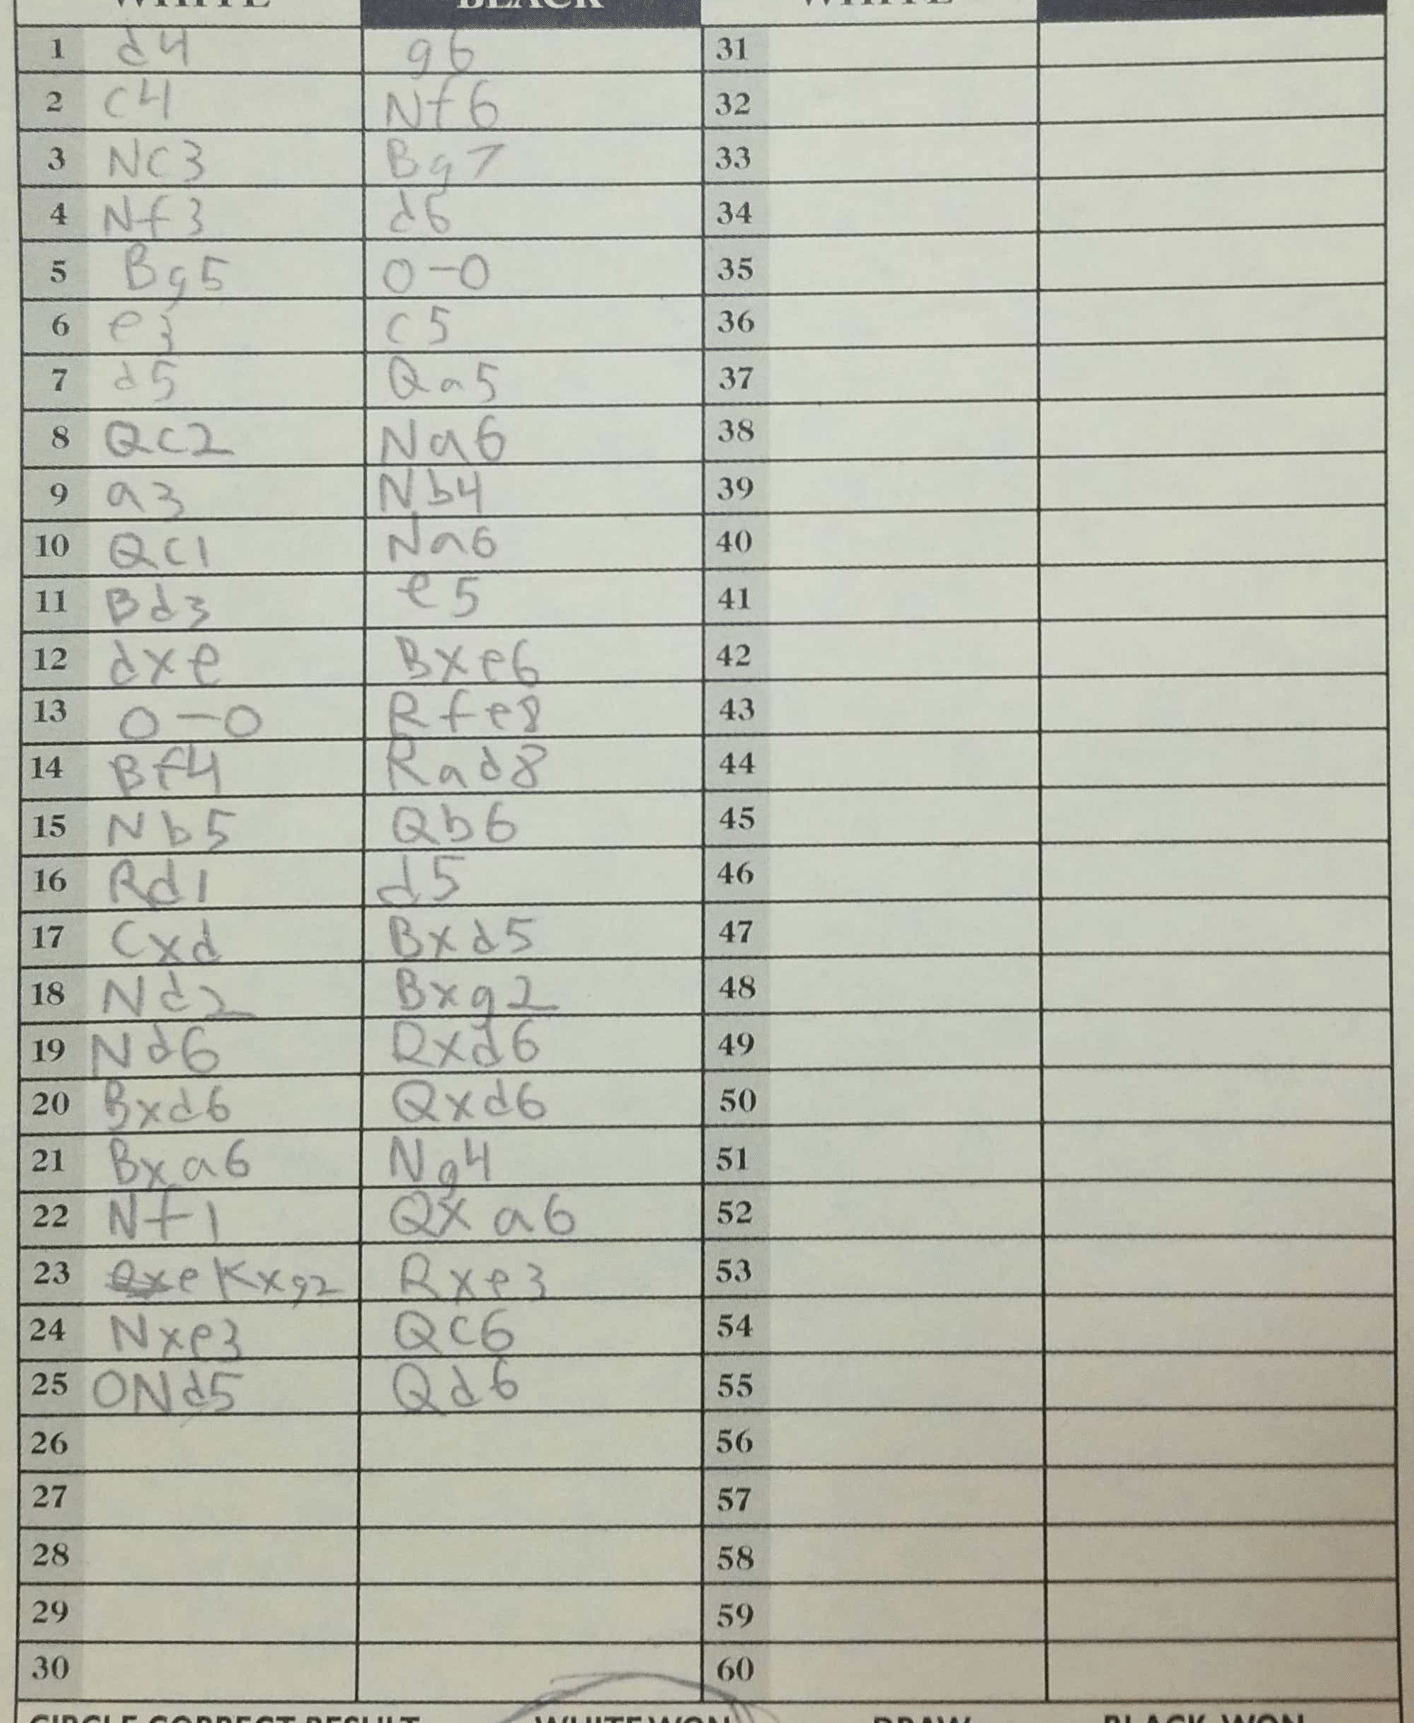
Moves: d4 g6 c4 Nf6 Nc3 Bg7 Nf3 d6 Bg5 O-O e3 c5 d5 Qa5 Qc2 Na6 a3 Nb4 Qc1 Na6 Bd3 e5 dxe Bxe6 O-O Rfe8 Bf4 Rad8 Nb5 Qb6 Rd1 d5 cxd Bxd5 Nd2 Bxg2 Nd6 Rxd6 Bxd6 Qxd6 Bxa6 Ng4 Nf1 Qxa6 Kxg2 Rxe3 Nxe3 Qc6 Nd5 Qd6